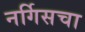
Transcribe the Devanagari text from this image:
नर्गिसचा